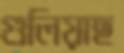
গুলিয়াছ